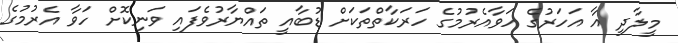
މީލާދީ އާ އަހަރުގެ ހަވާއެރުމުގެ ހަރަކާތްތަކަށް ޑުބާއީ ތައްޔާރުވެފައި ވަނިކޮށް ހަވާ އެރުމުގެ